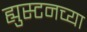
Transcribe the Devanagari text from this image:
ह्युस्टनच्या